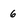
Character: 6